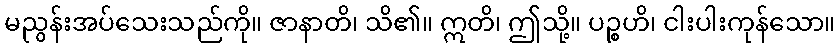
မညွန်းအပ်သေးသည်ကို။ ဇာနာတိ၊ သိ၏။ ဣတိ၊ ဤသို့။ ပဉ္စဟိ၊ ငါးပါးကုန်သော။